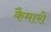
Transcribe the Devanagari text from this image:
कैमारो